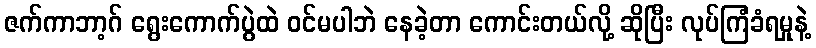
ဇက်ကာဘာ့ဂ် ရွေးကောက်ပွဲထဲ ဝင်မပါဘဲ နေခဲ့တာ ကောင်းတယ်လို့ ဆိုပြီး လုပ်ကြံခံရမှုနဲ့